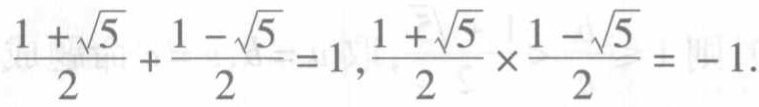
$\frac{1 + \sqrt{5}}{2} + \frac{1 - \sqrt{5}}{2} = 1 , \frac{1 + \sqrt{5}}{2} \times \frac{1 - \sqrt{5}}{2} = - 1.$